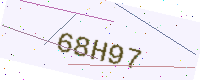
Text: 68H97